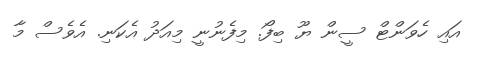
އައި ހެވަންޓް ސީން ޔޫ ބިފޯ. މިފެނުނީ މިއަދު އެކަނި. އެވެސް މާ